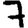
Digit: 7